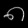
Digit: ၈